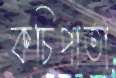
কচিপাতা